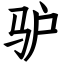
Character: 驴